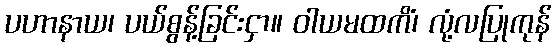
ပဟာနာယ၊ ပယ်စွန့်ခြင်းငှာ။ ဝါယမထကိံ၊ လုံ့လပြုကုန်